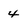
Character: 4